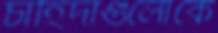
চাহিদাগুলোকে